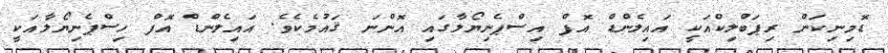
ޑޮމިނިކަން ރިޕަބްލިކްއަކީ އައިލެންޑް އޮފް އިސްޕެނިޔޯލާގައި އޮންނަ ޤައުމެކެވެ. އައިލެންޑް އޮފް ހިސްޕެނިޔޯލާއަކީ